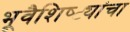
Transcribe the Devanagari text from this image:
भूवैशिष्ट्यांचा